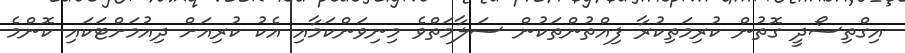
އިގްތިސޯދީ ގޮތުން ކުރިމަތިކުރާ ފިއްތުންތަކުން ސަލާމަތްވެ މިނިވަންކަމާއި އެކު ކުރިއަށް ދިއުމަށްޓަކައި ކޮންމެ